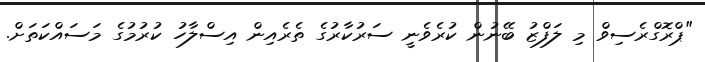
"ޕްރޮގްރެސިވް މި ލަފްޒު ބޭނުން ކުރެވެނީ ސަރުކާރުގެ ތެރެއިން އިސްލާހު ކުރުމުގެ މަސައްކަތަށް.